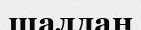
шалдан